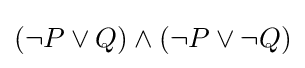
(\neg P\lor Q)\land (\neg P\lor \neg Q)